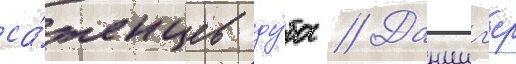
са́женцев ду́ба // Данциг'ер